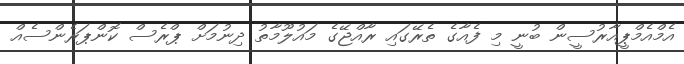
އެމްއެމްޕީއާރުސީން ބުނީ މި ފެއާގެ ތެރޭގައި ރާއްޖޭގެ މައުލޫމާތު ދިނުމަށް ޕްރެސް ކޮންޕަރެންސެއް